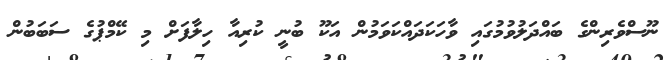
ނޫސްވެރިންގެ ބައްދަލުވުމުގައި ވާހަކަދައްކަވަމުން އަކޫ ބުނީ ކުރިއާ ހިލާފަށް މި ކޭމްޕުގެ ސަބަބުން